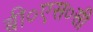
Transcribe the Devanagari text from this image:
बी०एस०सी